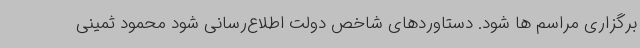
برگزاری مراسم ها شود. دستاوردهای شاخص دولت اطلاع‌رسانی شود محمود ثمینی